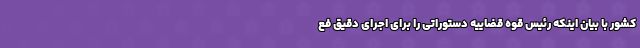
کشور با بیان اینکه رئیس قوه قضاییه دستوراتی را برای اجرای دقیق فع